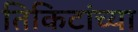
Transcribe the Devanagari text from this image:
तिकिटांच्या